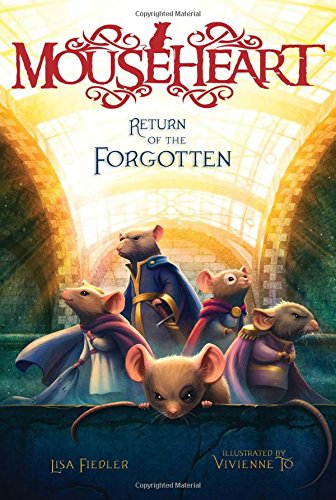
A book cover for Return of the Forgotten (Mouseheart); Lisa Fiedler; Children's Books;